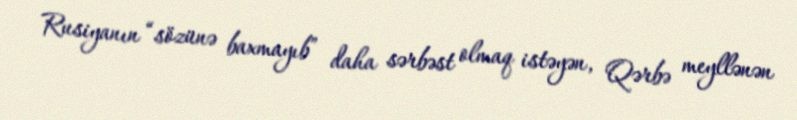
Rusiyanın “sözünə baxmayıb” daha sərbəst olmaq istəyən, Qərbə meyllənən